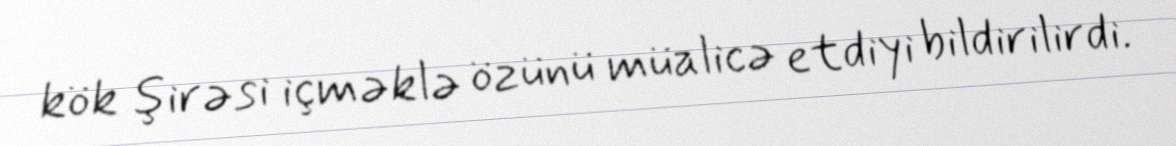
kök şirəsi içməklə özünü müalicə etdiyi bildirilirdi.